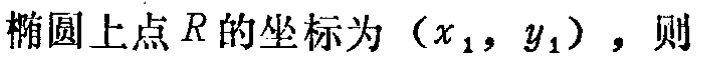
椭圆上点\(R\)的坐标为\((x_{1},y_{1})\)，则